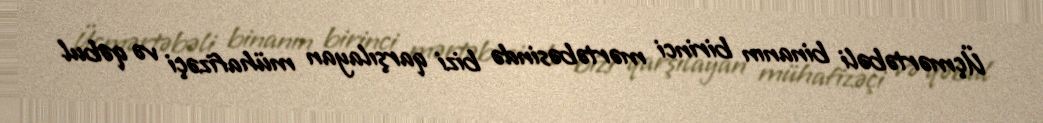
Üçmərtəbəli binanın birinci mərtəbəsində bizi qarşılayan mühafizəçi və qəbul